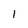
Character: 1